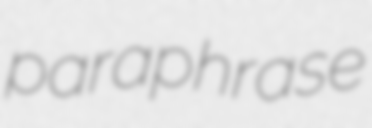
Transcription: paraphrase